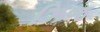
ઝિજ